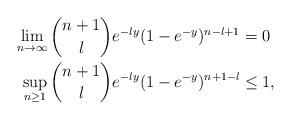
LaTeX: \begin{align*}\lim_{n\to\infty}\dbinom{n+1}{l} e^{-ly}(1- e^{-y})^{n-l+1}&=0 \\\sup_{n\ge 1}\dbinom{n+1}{l} e^{-ly}(1- e^{-y})^{n+1-l}&\le 1,\end{align*}